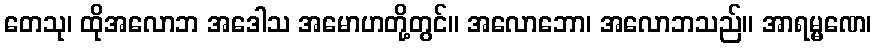
တေသု၊ ထိုအလောဘ အဒေါသ အမောဟတို့တွင်။ အလောဘော၊ အလောဘသည်။ အာရမ္မဏေ၊